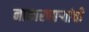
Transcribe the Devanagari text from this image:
नाकारणाऱ्यांची